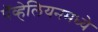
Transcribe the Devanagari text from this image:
पॅव्हेलियनमध्ये